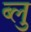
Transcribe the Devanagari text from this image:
ब्‍लु